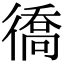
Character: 𢕪